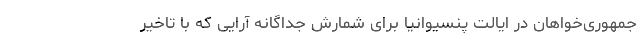
جمهوری‌خواهان در ایالت پنسیوانیا برای شمارش جداگانه آرایی که با تاخیر